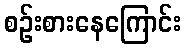
စဉ်းစားနေကြောင်း